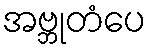
အဗ္ဘုတံပေ